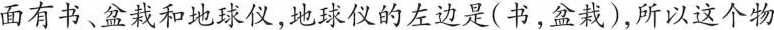
面有书、盆栽和地球仪，地球仪的左边是(书，盆栽)，所以这个物